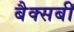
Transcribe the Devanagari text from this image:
बैक्सबी